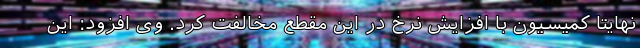
نهایتا کمیسیون با افزایش نرخ در این مقطع مخالفت کرد. وی افزود: این